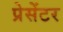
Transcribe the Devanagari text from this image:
प्रेसेंटर